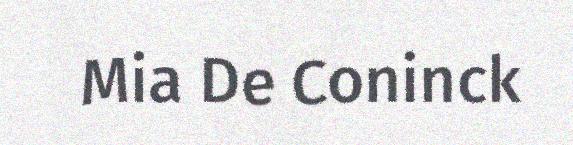
Mia De Coninck